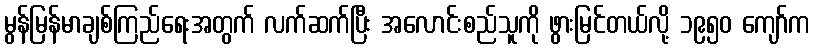
မွန်မြန်မာချစ်ကြည်ရေးအတွက် လက်ဆက်ပြီး အလောင်းစည်သူကို ဖွားမြင်တယ်လို့ ၁၉၅၀ ကျော်က